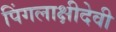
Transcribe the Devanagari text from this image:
पिंगलाक्षीदेवी